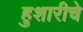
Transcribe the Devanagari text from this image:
हुशारीचे